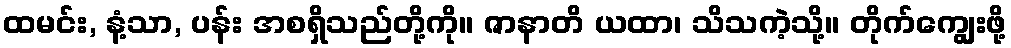
ထမင်း, နံ့သာ, ပန်း အစရှိသည်တို့ကို။ ဇာနာတိ ယထာ၊ သိသကဲ့သို့။ တိုက်ကျွေးဖို့